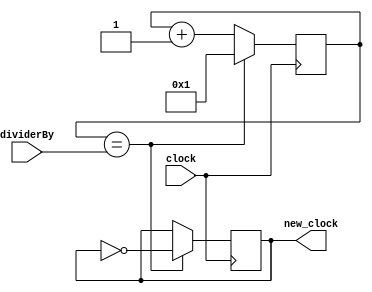
`timescale 1ns / 1ps
module ClockDivider(
    input clock,
    input [31:0]dividerBy,
    output reg new_clock
);  
    reg [20:0]count;
    initial begin
        new_clock = 0;
        count = 1;
    end
    always @ (posedge clock) begin
        count <= count + 1; 
        if(count == dividerBy)
           begin
                new_clock <= ~new_clock;
                count <= 1;
           end
    end
endmodule